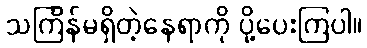
သင်္ကြန်မရှိတဲ့နေရာကို ပို့ပေးကြပါ။